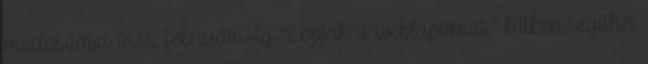
módosítása 2013. február 1-ig “Lopják a weblapomat ”Miben segíthet